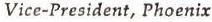
Vice-President, Phoenix